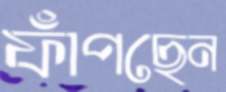
ফাঁপছেন